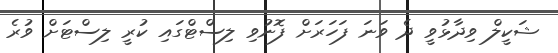
ޝަކީލް ވިދާޅުވީ ދެ ވަނަ ފަހަރަށް ފޮނުވި ލިސްޓްގައި ކުރީ ލިސްޓަށް ވުރެ